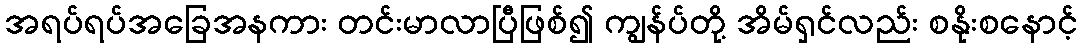
အရပ်ရပ်အခြေအနကား တင်းမာလာပြီဖြစ်၍ ကျွန်ပ်တို့ အိမ်ရှင်လည်း စနိုးစနောင့်